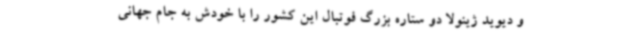
و دیوید ژینولا دو ستاره بزرگ فوتبال این کشور را با خودش به جام‌ جهانی